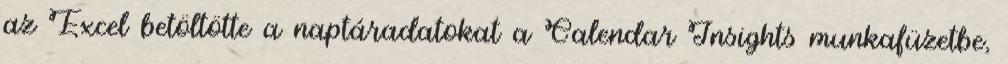
az Excel betöltötte a naptáradatokat a Calendar Insights munkafüzetbe,